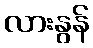
လားနွန်